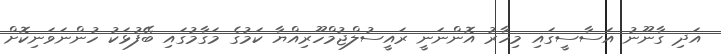
އަދި ގާނޫނު އަސާސީގައި މިހާރު އޮންނަނީ ރައީސުލްޖުމްހޫރިއްޔާ ކަމުގެ މަގާމުގައި ބޭފުޅަކު ހުންނަވަނިކޮށް